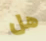
هل